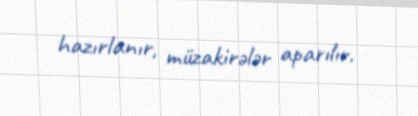
hazırlanır, müzakirələr aparılır.